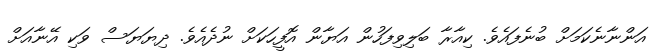
އަންނާނެކަމަށް ބުނެފައެވެ. ކިއާރާ ބަލިވިފަހުން އަޔާން އޮފީހަކަށް ނުދެއެވެ. ދިޔަޔަސް ވަކި އޭނާއަށް